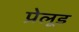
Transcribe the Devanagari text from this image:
प्रेलूड